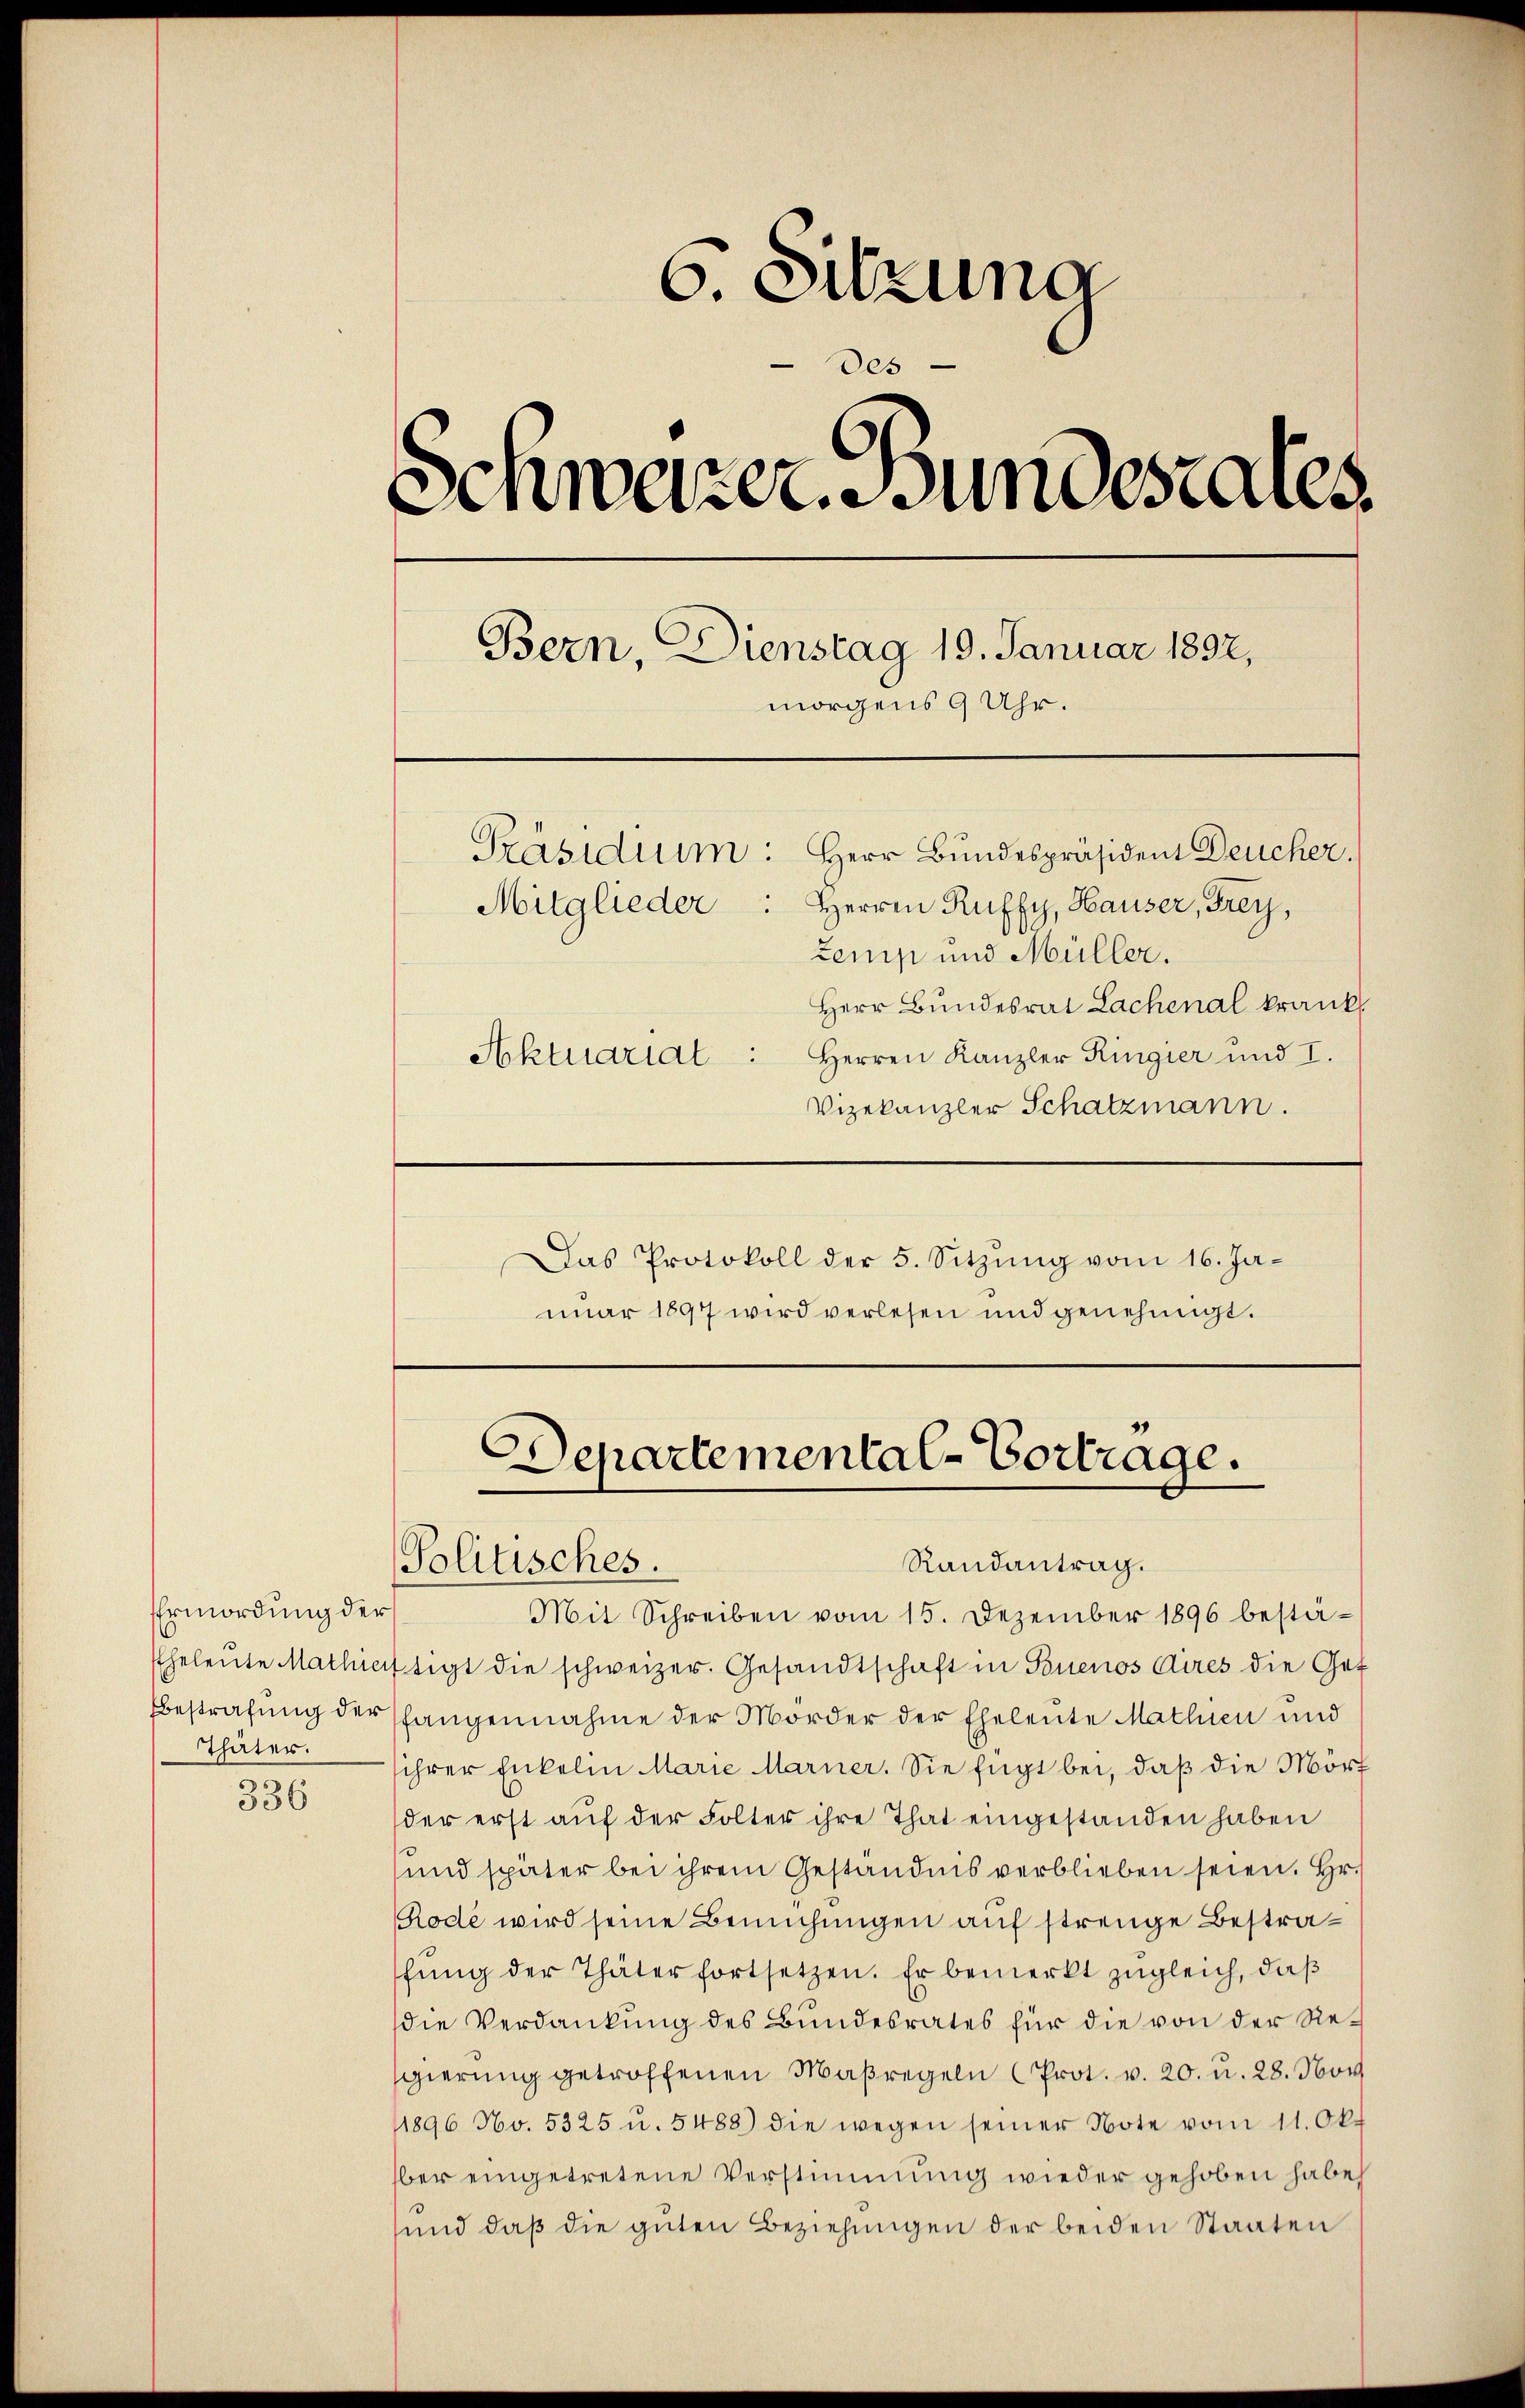
Ermordung der
Thäter.

336

6. Sitzung
des
Schwarzer Bundesrates.
Bern, Dienstag 19. Januar 1892,
morgens 9 Uhr.
Präsidium: Herr Bundespräsident Deucher,
Herren Ruffy, Hauser, Frey,
Mitglieder
zemp und Müller.
Herr Bundesrat Lachenal krank.
Herren Kanzler Ringier und I.
Aktuariat :
Vizekanzler Schatzmann.

Das Protokoll der 5. Sitzŭng vom 16. Januar 1897 wird verlesen und genehmigt.

Departemental-Vortrage.
Randantrag.
Politisches.

Mit Schreiben vom 15. Dezember 1896 bestä-
Eheleute Mathiaftigt die schweizer. Gesandtschaft in Buenos Aires die Get
Bestrafŭng der langennahme der Mörder der Eheleute Mathien und
sihrer Enkelin Marie Marier. Sie fügt bei, daß die Mört
der erst auf der Folter ihre That eingestanden haben
und später bei ihrem Geständnis verblieben seien. Hr.
Rode wird seine Bemühungen auf strenge Bestraschŭng der Thäter fortsetzen. Er bemerkt zugleich, daß
die Verdankung des Bundesrates für die von der Resgierung getroffenen Maßregeln (Prot. v. 20. u. 28. Nov
11896 No. 5325 u. 5488) die wegen seiner Note vom 11. Okt
ber eingetretene Verstimmung wieder gehoben habe,
sund daß die guten Beziehungen der beiden Staaten